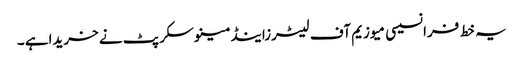
یہ خط فرانسیسی میوزیم آف لیٹرزاینڈمینوسکرپٹ نے خریداہے ۔